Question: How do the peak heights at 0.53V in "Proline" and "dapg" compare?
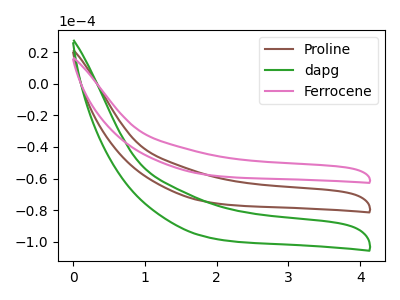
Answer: <think>The brown curve "Proline" has no peaks. The green curve "dapg" has no peaks. The pink curve "Ferrocene" has no peaks.</think>
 <answer>"Proline" and "dapg" dont share a peak at 0.53V.</answer>
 <eval>mismatch</eval>